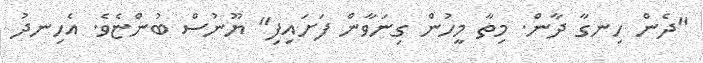
"ދެން ހިނގާ ދާން. މިތާ މީހުން ގިނަވާން ފަށައިފި" ޔޫނުސް ބުންޏެވެ. އެހިނދު